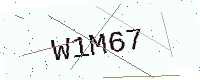
Text: W1M67